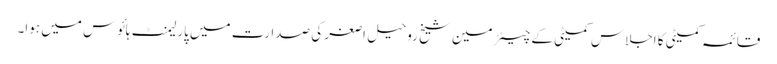
قائمہ کمیٹی کا اجلاس کمیٹی کے چیئرمین شیخ روحیل اصغر کی صدارت میں پارلیمنٹ ہائوس میں ہوا۔